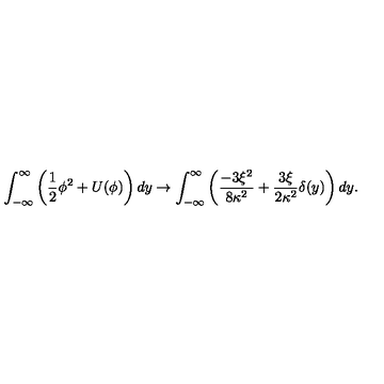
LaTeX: \int _ { - \infty } ^ { \infty } \left( \frac { 1 } { 2 } \phi ^ { 2 } + U ( \phi ) \right) d y \rightarrow \int _ { - \infty } ^ { \infty } \left( \frac { - 3 \xi ^ { 2 } } { 8 \kappa ^ { 2 } } + \frac { 3 \xi } { 2 \kappa ^ { 2 } } \delta ( y ) \right) d y .